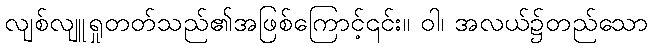
လျစ်လျူရှုတတ်သည်၏အဖြစ်ကြောင့်၎င်း။ ဝါ၊ အလယ်၌တည်သော